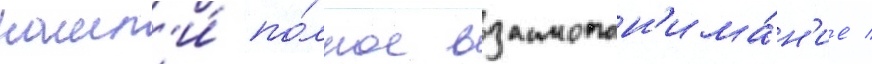
нашл'и́ по́лное взаимопон'има́н'ие /